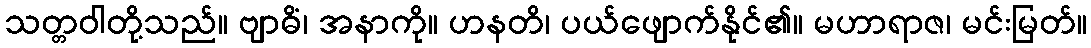
သတ္တဝါတို့သည်။ ဗျာဓိံ၊ အနာကို။ ဟနတိ၊ ပယ်ဖျောက်နိုင်၏။ မဟာရာဇ၊ မင်းမြတ်။